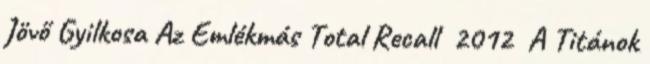
Jövő Gyilkosa Az Emlékmás Total Recall 2012 A Titánok